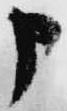
申